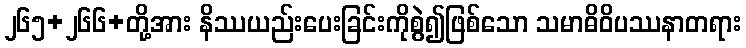
၂၆၅+၂၆၆+တို့အား နိဿယည်းပေးခြင်းကိုစွဲ၍ဖြစ်သော သမာဓိဝိပဿနာတရား